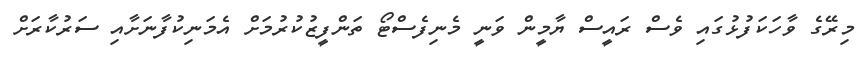
މިރޭގެ ވާހަކަފުޅުގައި ވެސް ރައީސް ޔާމީން ވަނީ މެނިފެސްޓޯ ތަންފީޒުކުރުމަށް އެމަނިކުފާނަށާއި ސަރުކާރަށް